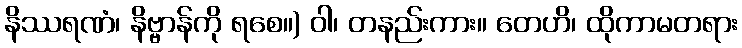
နိဿရဏံ၊ နိဗ္ဗာန်ကို ရစေ။) ဝါ၊ တနည်းကား။ တေဟိ၊ ထိုကာမတရား